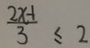
\frac { 2 x - 1 } { 3 } \leq 2